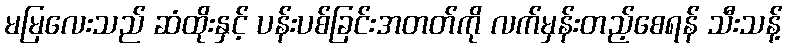
မမြလေးသည် ဆံထိုးနှင့် ပန်းပစ်ခြင်းအတတ်ကို လက်မှန်းတည့်စေရန် သီးသန့်